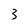
Character: 3